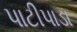
પાટીપાડા